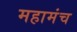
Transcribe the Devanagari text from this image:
महामंच